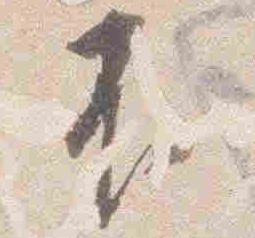
不